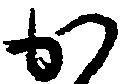
か